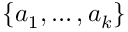
\{ a _ { 1 } , \ldots , a _ { k } \}